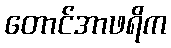
တောင်အာဖရိက